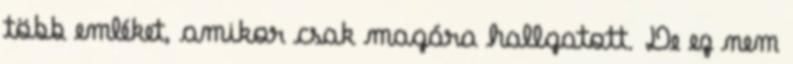
több emléket, amikor csak magára hallgatott. De ez nem